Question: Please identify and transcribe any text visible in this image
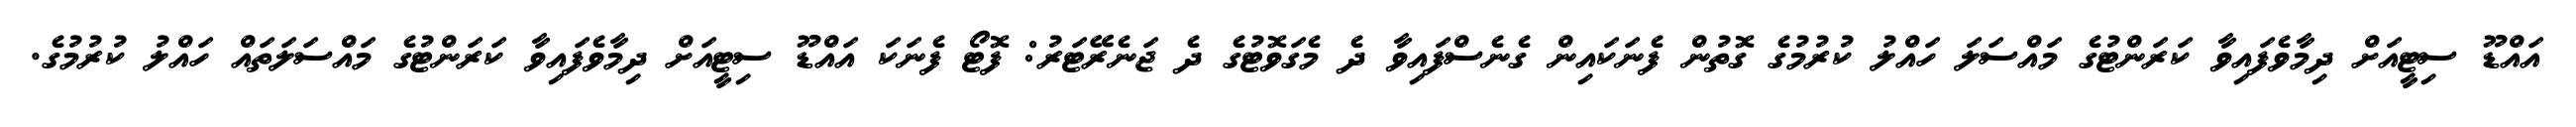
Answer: އައްޑޫ ސިޓީއަށް ދިމާވެފައިވާ ކަރަންޓުގެ މައްސަލަ ހައްލު ކުރުމުގެ ގޮތުން ފެނަކައިން ގެނެސްފައިވާ ދެ މެގަވޮޓުގެ ދެ ޖަނެރޭޓަރު: ފޮޓޯ ފެނަކަ އައްޑޫ ސިޓީއަށް ދިމާވެފައިވާ ކަރަންޓުގެ މައްސަލަތައް ހައްލު ކުރުމުގެ.